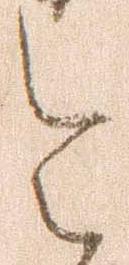
令